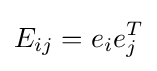
E_{ij}=e_{i}e_{j}^{T}